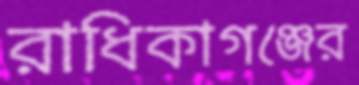
রাধিকাগঞ্জের